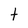
Character: t